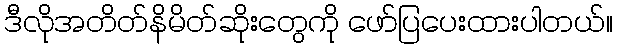
ဒီလိုအတိတ်နိမိတ်ဆိုးတွေကို ဖော်ပြပေးထားပါတယ်။